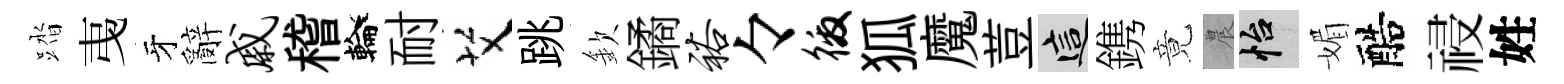
踏𢎯牙辭戚稽輪耐艾跳欽鐍裕々徼狐魔荳這鎸竟農怡媚醅祲姓